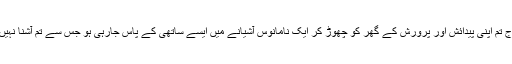
آج تم اپنی پیدائش اور پرورش کے گھر کو چھوڑ کر ایک نامانوس آشیانے میں ایسے ساتھی کے پاس جارہی ہو جس سے تم آشنا نہیں۔